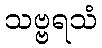
သဗ္ဗရသံ